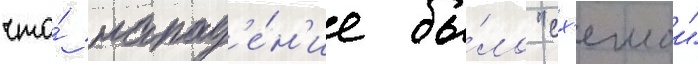
что́ напад'е́н'ие бы́ло "сх'емои"